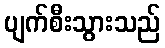
ပျက်စီးသွားသည်